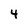
Character: 4